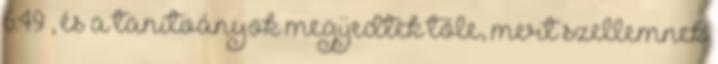
6:49 , és a tanítványok megijedtek tőle, mert szellemnek